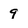
Character: 9